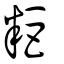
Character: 粔